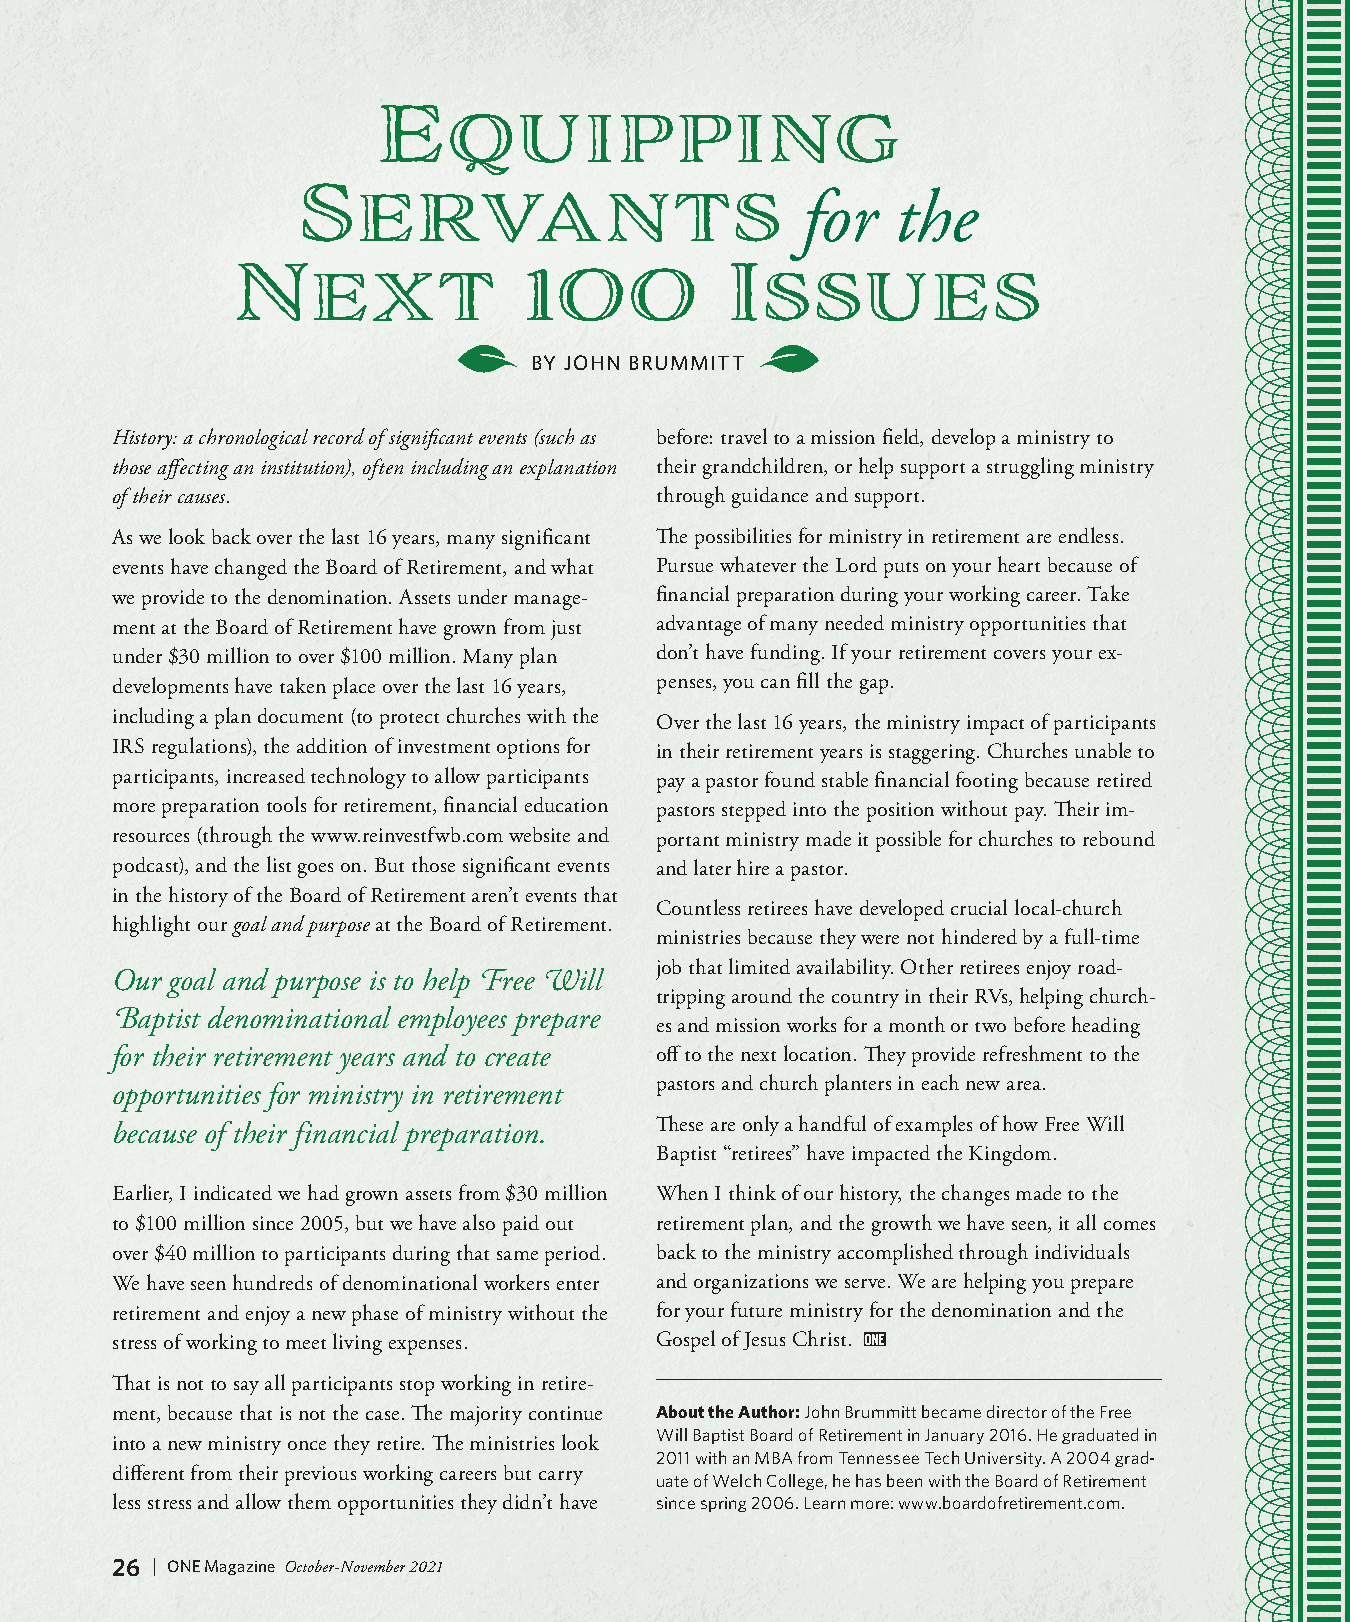
Equipping
 Servants                          for   the
 Next                100          Issues
 BY JOHN BRUMMITT
 History: a chronological record of significant events (such as before: travel to a mission field, develop a ministry to
 those affecting an institution), often including an explanation their grandchildren, or help support a struggling ministry
 of their causes.                    through guidance and support.
 As we look back over the last 16 years, many significant The possibilities for ministry in retirement are endless.
 events have changed the Board of Retirement, and what Pursue whatever the Lord puts on your heart because of
 we provide to the denomination. Assets under manage- financial preparation during your working career. Take
 ment at the Board of Retirement have grown from just advantage of many needed ministry opportunities that
 under $30 million to over $100 million. Many plan don’t have funding. If your retirement covers your ex-
 developments have taken place over the last 16 years, penses, you can fill the gap.
 including a plan document (to protect churches with the Over the last 16 years, the ministry impact of participants
 IRS regulations), the addition of investment options for in their retirement years is staggering. Churches unable to
 participants, increased technology to allow participants pay a pastor found stable financial footing because retired
 more preparation tools for retirement, financial education pastors stepped into the position without pay. Their im-
 resources (through the www.reinvestfwb.com website and portant ministry made it possible for churches to rebound
 podcast), and the list goes on. But those significant events and later hire a pastor.
 in the history of the Board of Retirement aren’t events that
 Countless retirees have developed crucial local-church
 highlight our goal and purpose at the Board of Retirement.
 ministries because they were not hindered by a full-time
 job that limited availability. Other retirees enjoy road-
 Our goal and purpose is to help Free Will
 tripping around the country in their RVs, helping church-
 Baptist denominational employees prepare
 es and mission works for a month or two before heading
 for their retirement years and to create off to the next location. They provide refreshment to the
 pastors and church planters in each new area.
 opportunities for ministry in retirement
 because of their financial preparation. These are only a handful of examples of how Free Will
 Baptist “retirees” have impacted the Kingdom.
 Earlier, I indicated we had grown assets from $30 million When I think of our history, the changes made to the
 to $100 million since 2005, but we have also paid out retirement plan, and the growth we have seen, it all comes
 over $40 million to participants during that same period. back to the ministry accomplished through individuals
 We have seen hundreds of denominational workers enter and organizations we serve. We are helping you prepare
 retirement and enjoy a new phase of ministry without the for your future ministry for the denomination and the
 stress of working to meet living expenses. Gospel of Jesus Christ.
 That is not to say all participants stop working in retire-
 ment, because that is not the case. The majority continue About the Author: John Brummitt became director of the Free
 Will Baptist Board of Retirement in January 2016. He graduated in
 into a new ministry once they retire. The ministries look
 2011 with an MBA from Tennessee Tech University. A 2004 grad-
 different from their previous working careers but carry
 uate of Welch College, he has been with the Board of Retirement
 less stress and allow them opportunities they didn’t have since spring 2006. Learn more: www.boardofretirement.com.
 26 | ONE Magazine October-November 2021